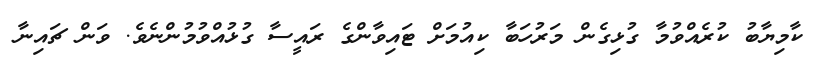
ކާމިޔާބު ކުރެއްވުމާ ގުޅިގެން މަރުހަބާ ކިއުމަށް ޓައިވާންގެ ރައީސާ ގުޅުއްވުމުންނެވެ. ވަން ޗައިނާ